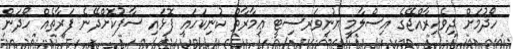
ހޯދުމަށް ދިވެހިރާއްޖޭގެ އިސްލާމީ ޔުނިވަރސިޓީ ޢިމާރާތް ކުނިކަހައި ފޮޅައި ސާފުކޮށްދޭނެ ފަރާތެއް ހޯދަން